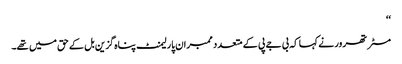
‘‘
مسٹر تھرور نے کہا کہ بی جے پی کے متعدد ممبران پارلیمنٹ پناہ گزین بل کے حق میں تھے۔